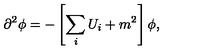
\partial ^ { 2 } \phi = - \left[ \sum _ { i } U _ { i } + m ^ { 2 } \right] \phi ,